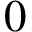
0